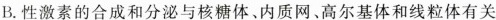
B.性激素的合成和分泌与核糖体、内质网、高尔基体和线粒体有关